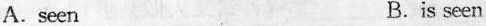
A.seen B.is seen